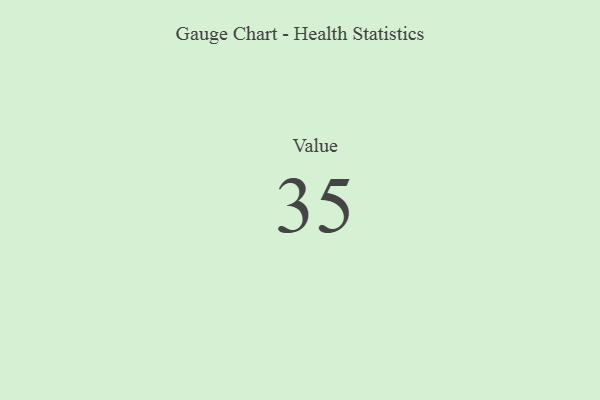
{"axis": {"x": "Metric", "y": "Value"}, "legend": [""], "data": [{"x": "Value", "y": 35, "type": ""}]}